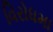
વિરોધમા